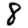
Digit: 8